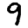
Digit: 9